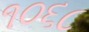
૧૦૬૮